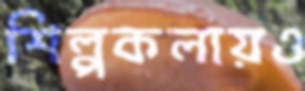
শিল্পকলায়ও